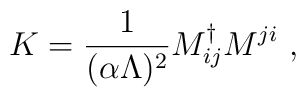
K = {1 \over {(\alpha \Lambda)^2}} M^{\dag}_{ij} M^{ji} \ ,